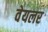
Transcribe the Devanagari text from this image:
वेयलर